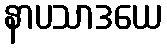
နာပသာဒယေ